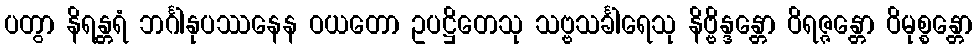
ပတွာ နိရန္တရံ ဘင်္ဂါနုပဿနေန ဝယတော ဥပဋ္ဌိတေသု သဗ္ဗသင်္ခါရေသု နိဗ္ဗိန္ဒန္တော ဝိရဇ္ဇန္တော ဝိမုစ္စန္တော